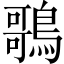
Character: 𪃿